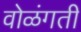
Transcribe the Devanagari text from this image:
वोळंगती